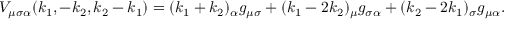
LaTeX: V _ { \mu \sigma \alpha } ( k _ { 1 } , - k _ { 2 } , k _ { 2 } - k _ { 1 } ) = ( k _ { 1 } + k _ { 2 } ) _ { \alpha } g _ { \mu \sigma } + ( k _ { 1 } - 2 k _ { 2 } ) _ { \mu } g _ { \sigma \alpha } + ( k _ { 2 } - 2 k _ { 1 } ) _ { \sigma } g _ { \mu \alpha } .